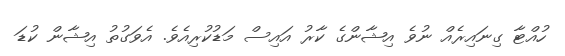
ހުއްޓާ ގިނައިރެއް ނުވެ އިޝާންގެ ކާރު އައިސް މަޑުކުރިއެވެ. އެވަގުތު އިޝާން ކުޑަ